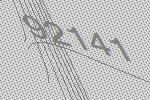
92141